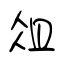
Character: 俎